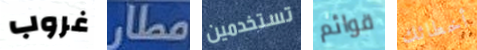
غروب مطار تستخدمين قوائم أخطائك